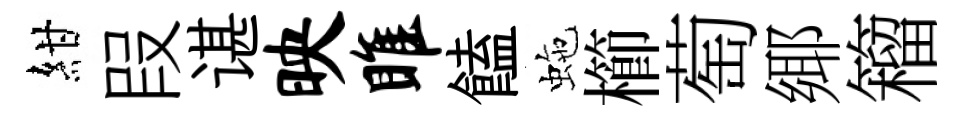
紺叚谌映雎饁虵櫛萄鄊籕